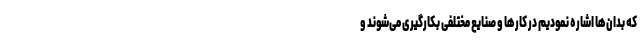
که بدان‌ها اشاره نمودیم در کارها و صنایع مختلفی بکارگیری می‌شوند و